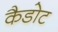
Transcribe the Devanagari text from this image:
कैडोट